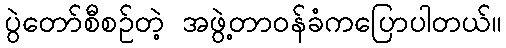
ပွဲတော်စီစဉ်တဲ့ အဖွဲ့တာဝန်ခံကပြောပါတယ်။